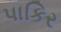
પાકિર